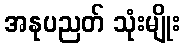
အနုပညတ် သုံးမျိုး